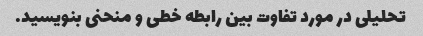
تحلیلی در مورد تفاوت بین رابطه خطی و منحنی بنویسید.